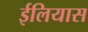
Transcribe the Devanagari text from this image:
ईलियास